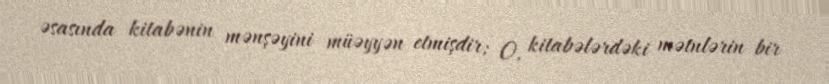
əsasında kitabənin mənşəyini müəyyən etmişdir; O, kitabələrdəki mətnlərin bir